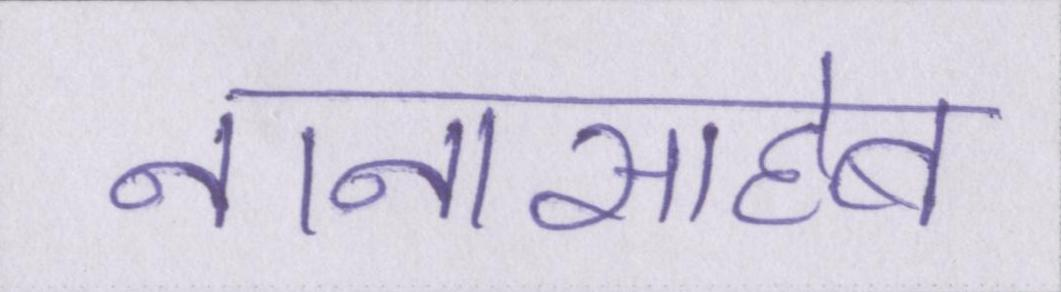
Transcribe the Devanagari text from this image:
नानासाहेब